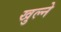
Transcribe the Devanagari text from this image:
खुल्ने